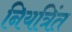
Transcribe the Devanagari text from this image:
नियत्रिंत